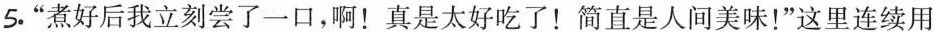
5.”煮好后我立刻尝了一口，啊！ 真是太好吃了！ 简直是人间美味！” 这里连续用